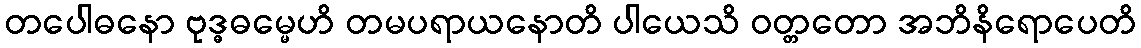
တပေါဓနော ဗုဒ္ဓဓမ္မေဟိ တမပရာယနောတိ ပါယေသိ ဝတ္တတော အဘိနိရောပေတိ